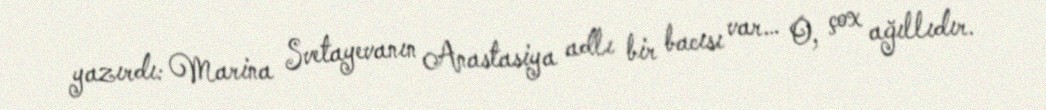
yazırdı: Marina Svetayevanın Anastasiya adlı bir bacısı var… O, çox ağıllıdır.